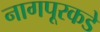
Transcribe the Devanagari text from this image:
नागपूरकडे